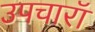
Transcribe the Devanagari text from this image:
उपचारॉ